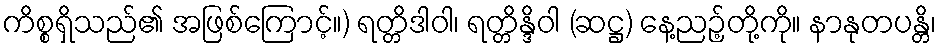
ကိစ္စရှိသည်၏ အဖြစ်ကြောင့်။) ရတ္တိဒါဝါ၊ ရတ္တိန္ဒိဝါ (ဆဋ္ဌ) နေ့ညဉ့်တို့ကို။ နာနုတပန္တိ၊